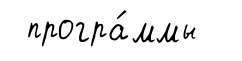
програ́ммы